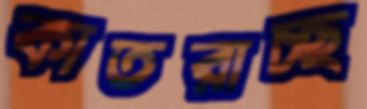
কাতরাচ্ছ